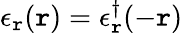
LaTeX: \epsilon_{\mathtt{r}}(\mathbf{{\mathtt{r}}})=\epsilon_{\mathtt{r}}^{\dagger}(-\mathbf{{\mathtt{r}}})